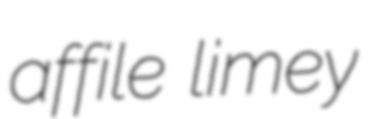
affile limey